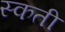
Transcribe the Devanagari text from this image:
स्कती